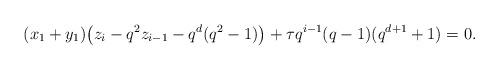
LaTeX: \begin{align*} (x_1 + y_1) \big( z_i - q^2 z_{i-1} - q^d(q^2-1) \big) + \tau q^{i-1} (q-1)(q^{d+1}+1)=0. \end{align*}